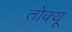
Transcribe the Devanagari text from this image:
तोक्यू